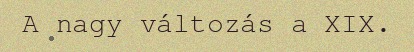
A nagy változás a XIX.